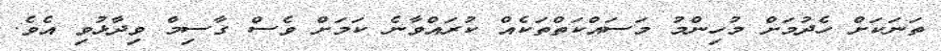
ތަނަކަށް ހެދުމަށް މުހިންމު މަސައްކަތްތަކެއް ކުރައްވާނެ ކަމަށް ވެސް ގާސިމް ވިދާޅުވި އެވެ.